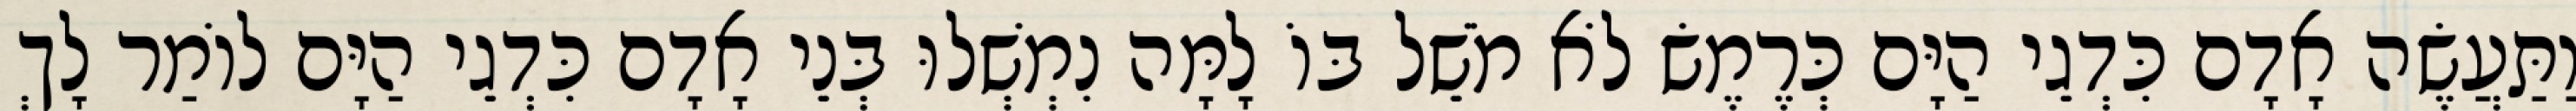
וַתַּעֲשֶׂה אָדָם כִּדְגֵי הַיָּם כְּרֶמֶשׂ לֹא מֹשֵׁל בּוֹ לָמָּה נִמְשְׁלוּ בְּנֵי אָדָם כִּדְגֵי הַיָּם לוֹמַר לָךְ